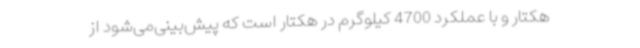
هکتار و با عملکرد 4700 کیلوگرم در هکتار است که پیش‌بینی‌می‌شود از